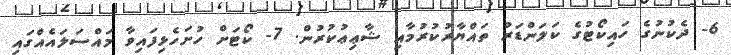
6- ދެކުނުގެ ހައިކޯޓުގެ ކަލަންޑަރު ތައްޔާރުކުރުމާއި ޝާޢިޢުކުރުން. 7- ކޯޓަށް ހުށަހެޅިފައިވާ މައްސަލައެއްގައި